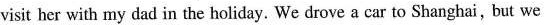
visit her with my dad in the holiday. We drove a car to Shanghai,but we